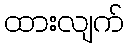
ထားလျက်